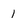
Character: 1